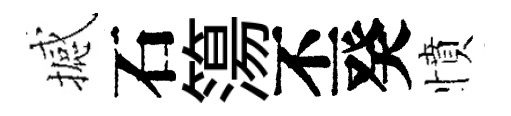
撼石簜丕癸憤